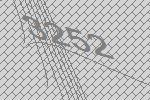
3252